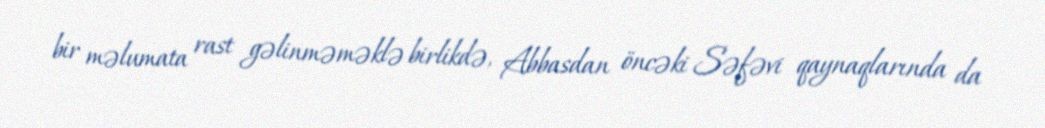
bir məlumata rast gəlinməməklə birlikdə, Abbasdan öncəki Səfəvi qaynaqlarında da